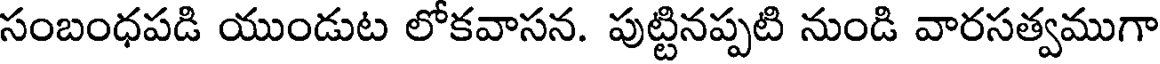
సంబంధపడి యుండుట లోకవాసన. పుట్టినప్పటి నుండి వారసత్వముగా